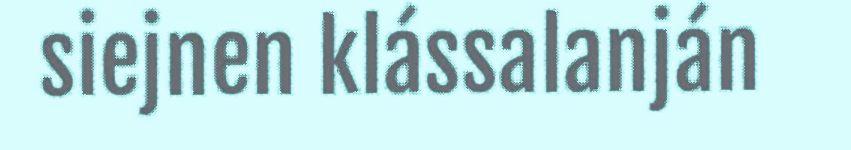
siejnen klássalanján